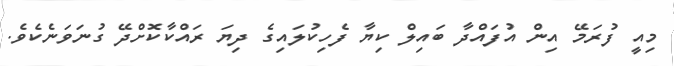
މިއީ ފުރަމޭ އިން އުފައްދާ ބައިލް ކިޔާ ފެހިކުލައިގެ ދިޔަ ރައްކާކޮށްދޭ ގުނަވަނެކެވެ.